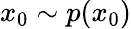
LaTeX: x_{0}\sim p(x_{0})